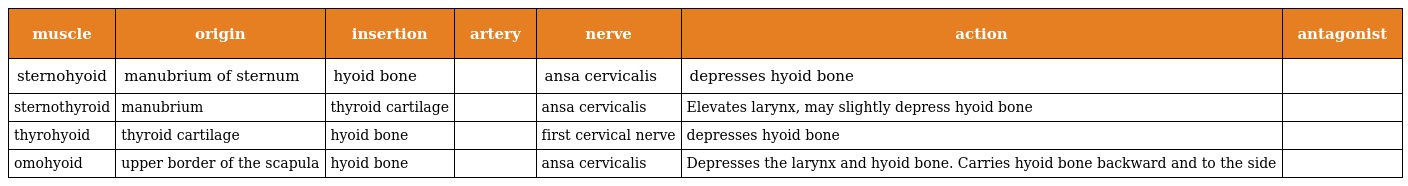
| muscle | origin | insertion | artery | nerve | action | antagonist |
 | --- | --- | --- | --- | --- | --- | --- |
 | sternohyoid | manubrium of sternum | hyoid bone |  | ansa cervicalis | depresses hyoid bone |  |
 | sternothyroid | manubrium | thyroid cartilage |  | ansa cervicalis | Elevates larynx, may slightly depress hyoid bone |  |
 | thyrohyoid | thyroid cartilage | hyoid bone |  | first cervical nerve | depresses hyoid bone |  |
 | omohyoid | upper border of the scapula | hyoid bone |  | ansa cervicalis | Depresses the larynx and hyoid bone. Carries hyoid bone backward and to the side |  |